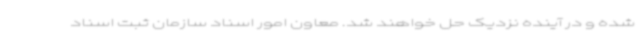
شده و در آینده نزدیک حل خواهند شد. معاون امور اسناد سازمان ثبت اسناد